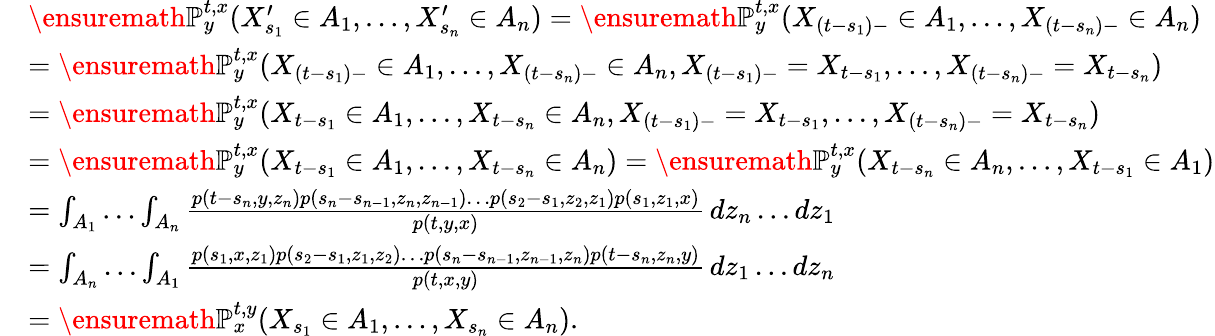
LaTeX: \begin{array}{rl}&{\ensuremath{\mathbb{P}}_{y}^{t,x}(X_{s_{1}}^{\prime}\in A_{1},\dots,X_{s_{n}}^{\prime}\in A_{n})=\ensuremath{\mathbb{P}}_{y}^{t,x}(X_{(t-s_{1})-}\in A_{1},\dots,X_{(t-s_{n})-}\in A_{n})}\\ &{=\ensuremath{\mathbb{P}}_{y}^{t,x}(X_{(t-s_{1})-}\in A_{1},\dots,X_{(t-s_{n})-}\in A_{n},X_{(t-s_{1})-}=X_{t-s_{1}},\dots,X_{(t-s_{n})-}=X_{t-s_{n}})}\\ &{=\ensuremath{\mathbb{P}}_{y}^{t,x}(X_{t-s_{1}}\in A_{1},\dots,X_{t-s_{n}}\in A_{n},X_{(t-s_{1})-}=X_{t-s_{1}},\dots,X_{(t-s_{n})-}=X_{t-s_{n}})}\\ &{=\ensuremath{\mathbb{P}}_{y}^{t,x}(X_{t-s_{1}}\in A_{1},\dots,X_{t-s_{n}}\in A_{n})=\ensuremath{\mathbb{P}}_{y}^{t,x}(X_{t-s_{n}}\in A_{n},\dots,X_{t-s_{1}}\in A_{1})}\\ &{=\int_{A_{1}}\dots\int_{A_{n}}\frac{p(t-s_{n},y,z_{n})p(s_{n}-s_{n-1},z_{n},z_{n-1})\dots p(s_{2}-s_{1},z_{2},z_{1})p(s_{1},z_{1},x)}{p(t,y,x)}\, dz_{n}\dots dz_{1}}\\ &{=\int_{A_{n}}\dots\int_{A_{1}}\frac{p(s_{1},x,z_{1})p(s_{2}-s_{1},z_{1},z_{2})\dots p(s_{n}-s_{n-1},z_{n-1},z_{n})p(t-s_{n},z_{n},y)}{p(t,x,y)}\, dz_{1}\dots dz_{n}}\\ &{=\ensuremath{\mathbb{P}}_{x}^{t,y}(X_{s_{1}}\in A_{1},\dots,X_{s_{n}}\in A_{n}).}\end{array}